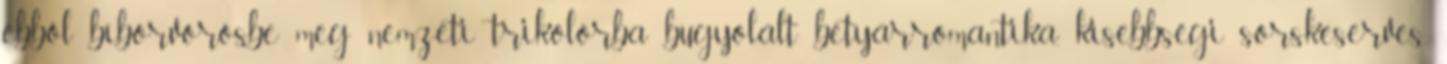
ebből bíborvörösbe meg nemzeti trikolorba bugyolált betyárromantika, kisebbségi sorskeserves,